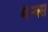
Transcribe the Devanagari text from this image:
मैन्क्स